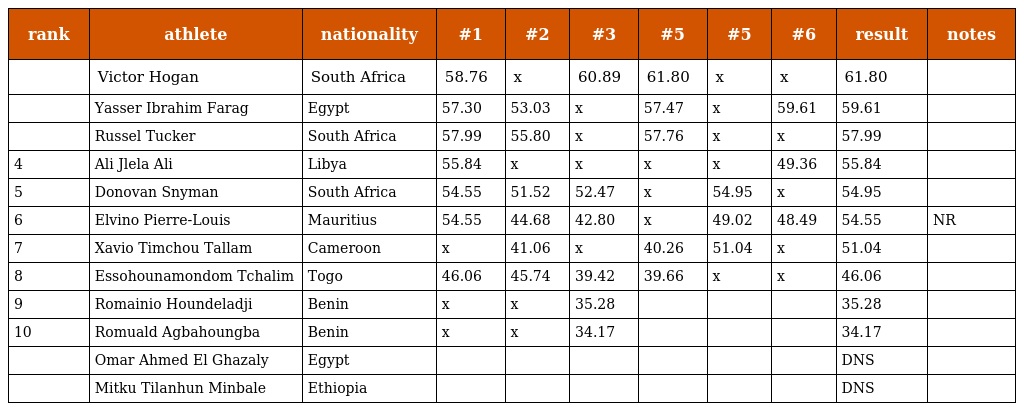
| rank | athlete | nationality | #1 | #2 | #3 | #5 | #5 | #6 | result | notes |
 | --- | --- | --- | --- | --- | --- | --- | --- | --- | --- | --- |
 |  | Victor Hogan | South Africa | 58.76 | x | 60.89 | 61.80 | x | x | 61.80 |  |
 |  | Yasser Ibrahim Farag | Egypt | 57.30 | 53.03 | x | 57.47 | x | 59.61 | 59.61 |  |
 |  | Russel Tucker | South Africa | 57.99 | 55.80 | x | 57.76 | x | x | 57.99 |  |
 | 4 | Ali Jlela Ali | Libya | 55.84 | x | x | x | x | 49.36 | 55.84 |  |
 | 5 | Donovan Snyman | South Africa | 54.55 | 51.52 | 52.47 | x | 54.95 | x | 54.95 |  |
 | 6 | Elvino Pierre-Louis | Mauritius | 54.55 | 44.68 | 42.80 | x | 49.02 | 48.49 | 54.55 | NR |
 | 7 | Xavio Timchou Tallam | Cameroon | x | 41.06 | x | 40.26 | 51.04 | x | 51.04 |  |
 | 8 | Essohounamondom Tchalim | Togo | 46.06 | 45.74 | 39.42 | 39.66 | x | x | 46.06 |  |
 | 9 | Romainio Houndeladji | Benin | x | x | 35.28 |  |  |  | 35.28 |  |
 | 10 | Romuald Agbahoungba | Benin | x | x | 34.17 |  |  |  | 34.17 |  |
 |  | Omar Ahmed El Ghazaly | Egypt |  |  |  |  |  |  | DNS |  |
 |  | Mitku Tilanhun Minbale | Ethiopia |  |  |  |  |  |  | DNS |  |